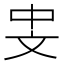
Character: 𪯡